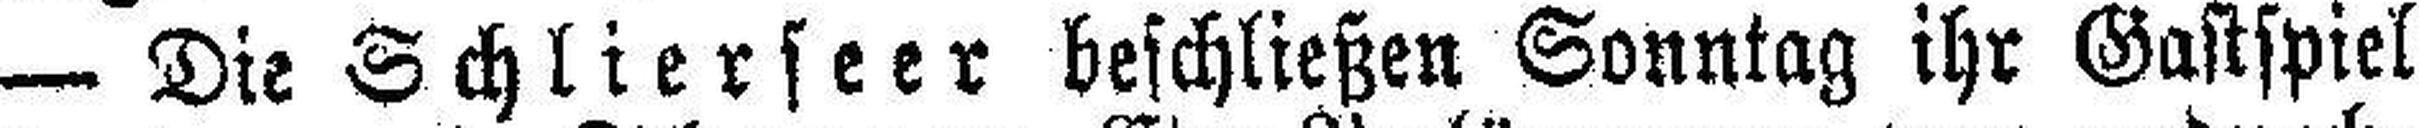
— Die Schlierseer beschließen Sonntag ihr Gastspiel